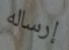
إرساله